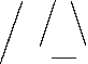
//